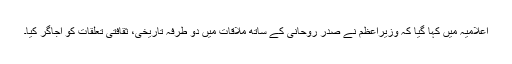
اعلامیہ میں کہا گیا کہ وزیراعظم نے صدر روحانی کے ساتھ ملاقات میں دو طرفہ تاریخی، ثقافتی تعلقات کو اجاگر کیا۔